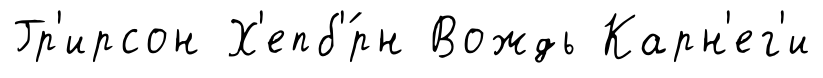
Гр'ирсон Х'епб'́рн Вождь Карн'ег'и